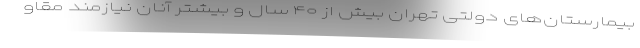
بیمارستان‌های دولتی تهران بیش از ۴۰ سال و بیشتر آنان نیازمند مقاو